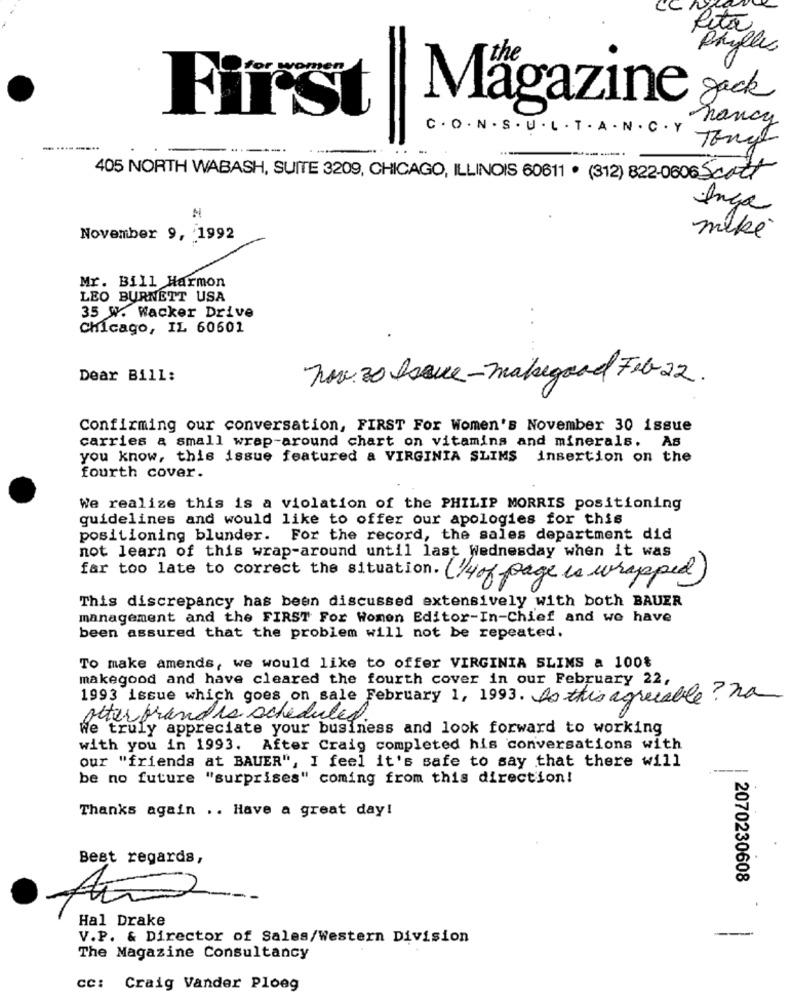
CC
Rita
Phylle
gack
First
Magazine
nancy
C . O . N . S . U . L . T . A . N . C . Y
Tony
--
.. -
405 NORTH WABASH, SUITE 3209, CHICAGO, ILLINOIS 60611 . (312) 822-06065002/
N
Inga
mike
November 9, 1992
Mr. Bill Harmon
LEO BURNETT USA
35 W. Wacker Drive
Chicago, IL 60601
Dear Bill:
Nov. 30 Issue- makegood Feb 22.
Confirming our conversation, FIRST For Women's November 30 issue
carries a small wrap-around chart on vitamins and minerals. As
you know, this issue featured a VIRGINIA SLIMS insertion on the
fourth cover.
We realize this is a violation of the PHILIP MORRIS positioning
guidelines and would like to offer our apologies for this
positioning blunder. For the record, the sales department did
not learn of this wrap-around until last Wednesday when it was
far too late to correct the situation. (/4of page is wrapped)
This discrepancy has been discussed extensively with both BAUER
management and the FIRST For Women Editor-In-Chief and we have
been assured that the problem will not be repeated.
To make amends, we would like to offer VIRGINIA SLIMS & 100%
makegood and have cleared the fourth cover in our February 22,
1993 issue which goes on sale February 1, 1993. As this agreeable? na
otter frand is schedules
We truly appreciate your business and look forward to working
with you in 1993. After Craig completed his conversations with
our "friends at BAUER", I feel it's safe to say that there will
---
be no future "surprises" coming from this direction!
Thanks again .. Have a great day!
Best regards,
| 2070230608
Hal Drake
--
V.P. & Director of Sales/Western Division
The Magazine Consultancy
CC:
Craig Vander Ploeg